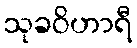
သုခဝိဟာရီ